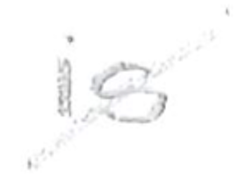
Text: is
Cross-out: diagonal
Writing tool: pencil